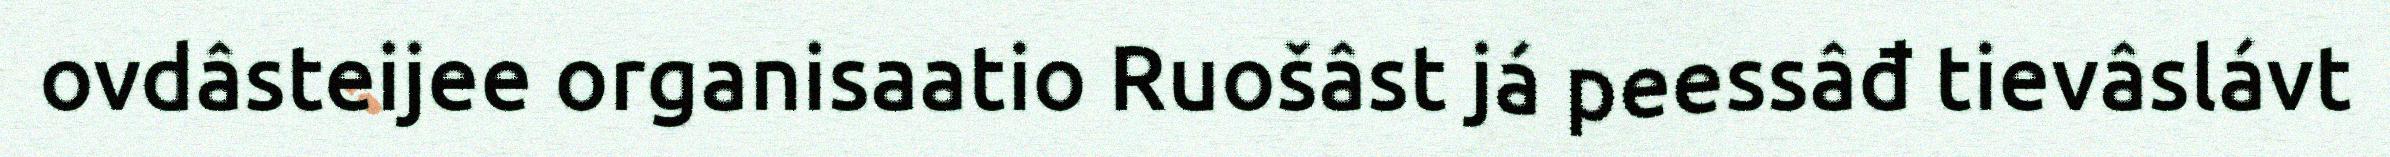
ovdâsteijee organisaatio Ruošâst já peessâđ tievâslávt